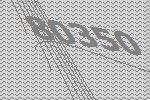
80350